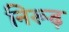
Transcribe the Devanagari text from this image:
निरूढ़